Report of the Indian Hemp Drugs Commission, 1894-1895 - Volume VI
Year: 1894
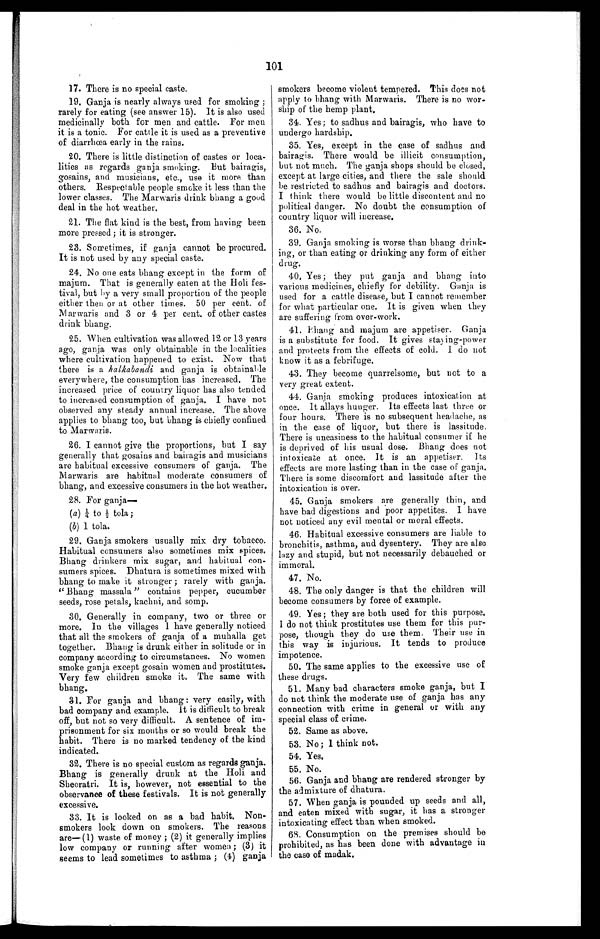
101
17. There is no special caste.
19. Ganja is nearly always used for smoking;
rarely for eating (see answer 15). It is also used
medicinally both for men and cattle. For men
it is a tonic. For cattle it is used as a preventive
of diarrhœa early in the rains.
20. There is little distinction of castes or loca
- l i t i e s a s r e g a r d s g a n j a s m o k i n g . B u t b a i r a g i s ,
gosains, and musicians, etc., use it more than
others. Respectable people smoke it less than the
lower classes. The Marwaris drink bhang a good
deal in the hot weather.
21. The flat kind is the best, from having been
more pressed; it is stronger.
23. Sometimes, if ganja cannot be procured.
It is not used by any special caste.
24. No one eats bhang except in the form of
majum. That is generally eaten at the Holi fes
- t i v a l , b u t b y
a v e r y s m a l l p r o p o r t i o n o f t h e p e o p l e
either then or at other times. 50 per cent. of
Marwaris and 3 or 4 per cent, of other castes
drink bhang.
25. When cultivation was allowed 12 or 13 years
ago, ganja was only obtainable in the localities
where cultivation happened to exist. Now that
there is a halkabandi and ganja is obtainable
everywhere, the consumption has increased. The
increased price of country liquor has also tended
to increased consumption of ganja. I have not
observed any steady annual increase. The above
applies to bhang too, but bhang is chiefly confined
to Marwaris.
26. I cannot give the proportions, but I say
generally that gosains and bairagis and musicians
are habitual excessive consumers of ganja. The
Marwaris are habitual moderate consumers of
bhang, and excessive consumers in the hot weather.
28. For ganja
—
(a)1/4 t o 1/ 2 t ol a ;
(b) 1 tola.
29. Ganja smokers usually mix dry tobacco.
Habitual consumers also sometimes mix spices.
Bhang drinkers mix sugar, and habitual con
- s u m e r s s p i c e s . D h a t u r a i s s o m e t i m e s m i x e d w i t h
bhang to make it stronger; rarely with ganja.
"Bhang massala" contains pepper, cucumber
seeds, rose petals, kachni, and somp.
30. Generally in company, two or three or
more. In the villages I have generally noticed
that all the smokers of ganja of a muhalla get
together. Bhang is drunk either in solitude or in
company according to circumstances. No women
smoke ganja except gosain women and prostitutes.
Very few children smoke it. The same with
bhang.
31. For ganja and bhang: very easily, with
bad company and example. It is difficult to break
off, but not so very difficult. A sentence of im
- p r i s o n m e n t f o r s i x m o n t h s o r s o w o u l d b r e a k t h e
habit. There is no marked tendency of the kind
indicated.
32. There is no special custom as regards ganja.
Bhang is generally drunk at the Holi and
Sheoratri. It is, however, not essential to the
observance of these festivals. It is not generally
excessive.
33. It is looked on as a bad habit. Non
- s m o k e r s l o o k d o w n o n s m o k e r s . T h e r e a s o n s
are—(1) waste of money; (2) it generally implies
low company or running after women; (3) it
seems to lead sometimes to asthma; (4) ganja
smokers become violent tempered. This does not
apply to bhang with Marwaris. There is no wor
- s h i p o f t h e h e m p p l a n t .
34. Yes; to sadhus and bairagis, who have to
undergo hardship.
35. Yes, except in the case of sadhus and
bairagis. There would be illicit consumption,
but not much. The ganja shops should be closed,
except at large cities, and there the sale should
be restricted to sadhus and bairagis and doctors.
I think there would be little discontent and no
political danger. No doubt the consumption of
country liquor will increase.
36. No.
39. Ganja smoking is worse than bhang drink
- i n g , o r t h a n e a t i n g o r d r i n k i n g a n y f o r m o f e i t h e r
drug.
40. Yes; they put ganja and bhang into
various medicines, chiefly for debility. Ganja is
used for a cattle disease, but I cannot remember
for what particular one. It is given when they
are suffering from over-work.
41. Phang and majum are appetiser. Ganja
is a substitute for food. It gives staying-power
and protects from the effects of cold. I do not
know it as a febrifuge.
43. They become quarrelsome, but not to a
very great extent.
44. Ganja smoking produces intoxication at
once. It allays hunger. Its effects last three or
four hours. There is no subsequent headache, as
in the case of liquor, but there is lassitude.
There is uneasiness to the habitual consumer if he
is deprived of his usual dose. Bhang does not
intoxicate at once. It is an appetiser. Its
effects are more lasting than in the case of ganja.
There is some discomfort and lassitude after the
intoxication is over.
45. Ganja smokers are generally thin, and
have bad digestions and poor appetites. I have
not noticed any evil mental or moral effects.
46. Habitual excessive consumers are liable to
bronchitis, asthma, and dysentery. They are also
lazy and stupid, but not necessarily debauched or
immoral.
47. No.
48. The only danger is that the children will
become consumers by force of example.
49. Yes; they are both used for this purpose.
I do not think prostitutes use them for this pur
- p o s e , t h o u g h t h e y d o u s e t h e m . T h e i r u s e i n
this way is injurious. It tends to produce
impotence.
50. The same applies to the excessive use of
these drugs.
51. Many bad characters smoke ganja, but I
do not think the moderate use of ganja has any
connection with crime in general or with any
special class of crime.
52. Same as above.
53. No; I think not.
54. Yes.
55. No.
56. Ganja and bhang are rendered stronger by
the admixture of dhatura.
57. When ganja is pounded up seeds and all,
and eaten mixed with sugar, it has a stronger
intoxicating effect than when smoked.
68. Consumption on the premises should be
prohibited, as has been done with advantage in
the case of madak.